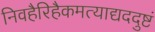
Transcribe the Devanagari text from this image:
निवहैरिहैकमत्याद्यददुष्टं